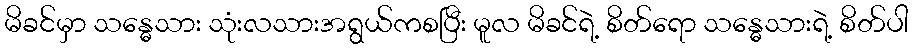
မိခင်မှာ သန္ဓေသား သုံးလသားအရွယ်ကစပြီး မူလ မိခင်ရဲ့ စိတ်ရော သန္ဓေသားရဲ့ စိတ်ပါ